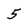
Character: 5